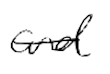
Text: and
Cross-out: single-line
Writing tool: digital_black